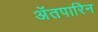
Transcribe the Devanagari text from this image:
अॅतपारिन